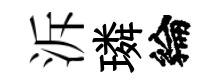
泝璘綸